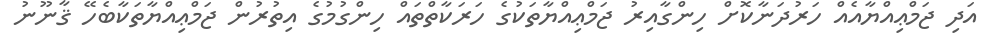
އަދި ޖަމްޢިއްޔާއެއް ހަރުދަނާކޮށް ހިންގާއިރު ޖަމްޢިއްޔާތަކުގެ ހަރަކާތްތައް ހިންގުމުގެ އިތުރުން ޖަމްޢިއްޔާތަކާބެހޭ ޤާނޫނު